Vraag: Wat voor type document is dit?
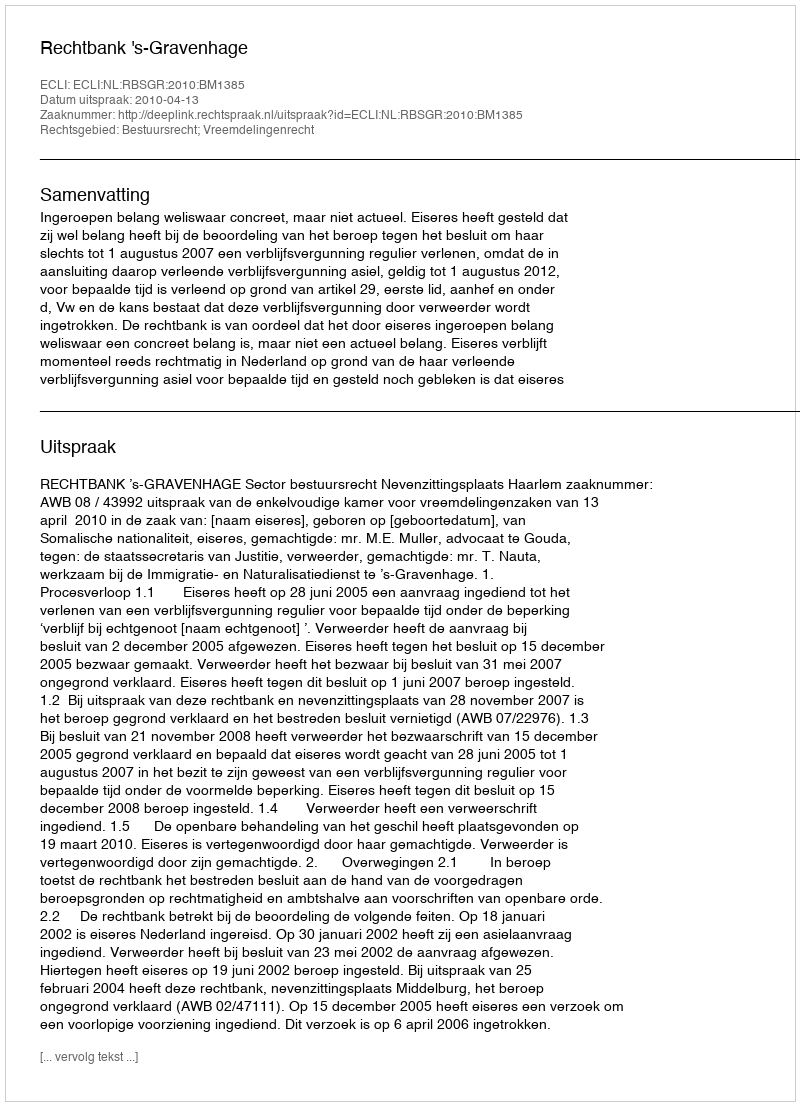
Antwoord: Uitspraak